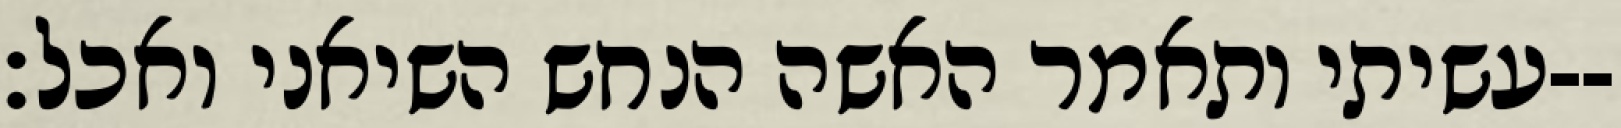
עשיתי ותאמר האשה הנחש השיאני ואכל׃--